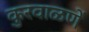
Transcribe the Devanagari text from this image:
कुरवाळणें